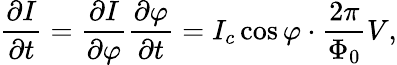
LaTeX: {\frac{\partial I}{\partial t}}={\frac{\partial I}{\partial\varphi}}{\frac{\partial\varphi}{\partial t}}=I_{c}\cos\varphi\cdot{\frac{2\pi}{\Phi_{0}}}V,